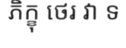
ភិក្ខុ ថេរ វា ទ